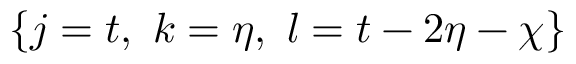
\{ j = t , \ k = \eta , \ l = t - 2 \eta - \chi \}